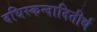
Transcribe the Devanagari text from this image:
दधिस्कन्दादितीर्थ